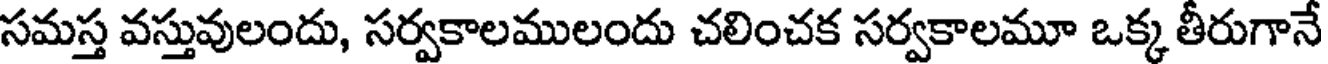
సమస్త వస్తువులందు, సర్వకాలములందు చలించక సర్వకాలమూ ఒక్క తీరుగానే